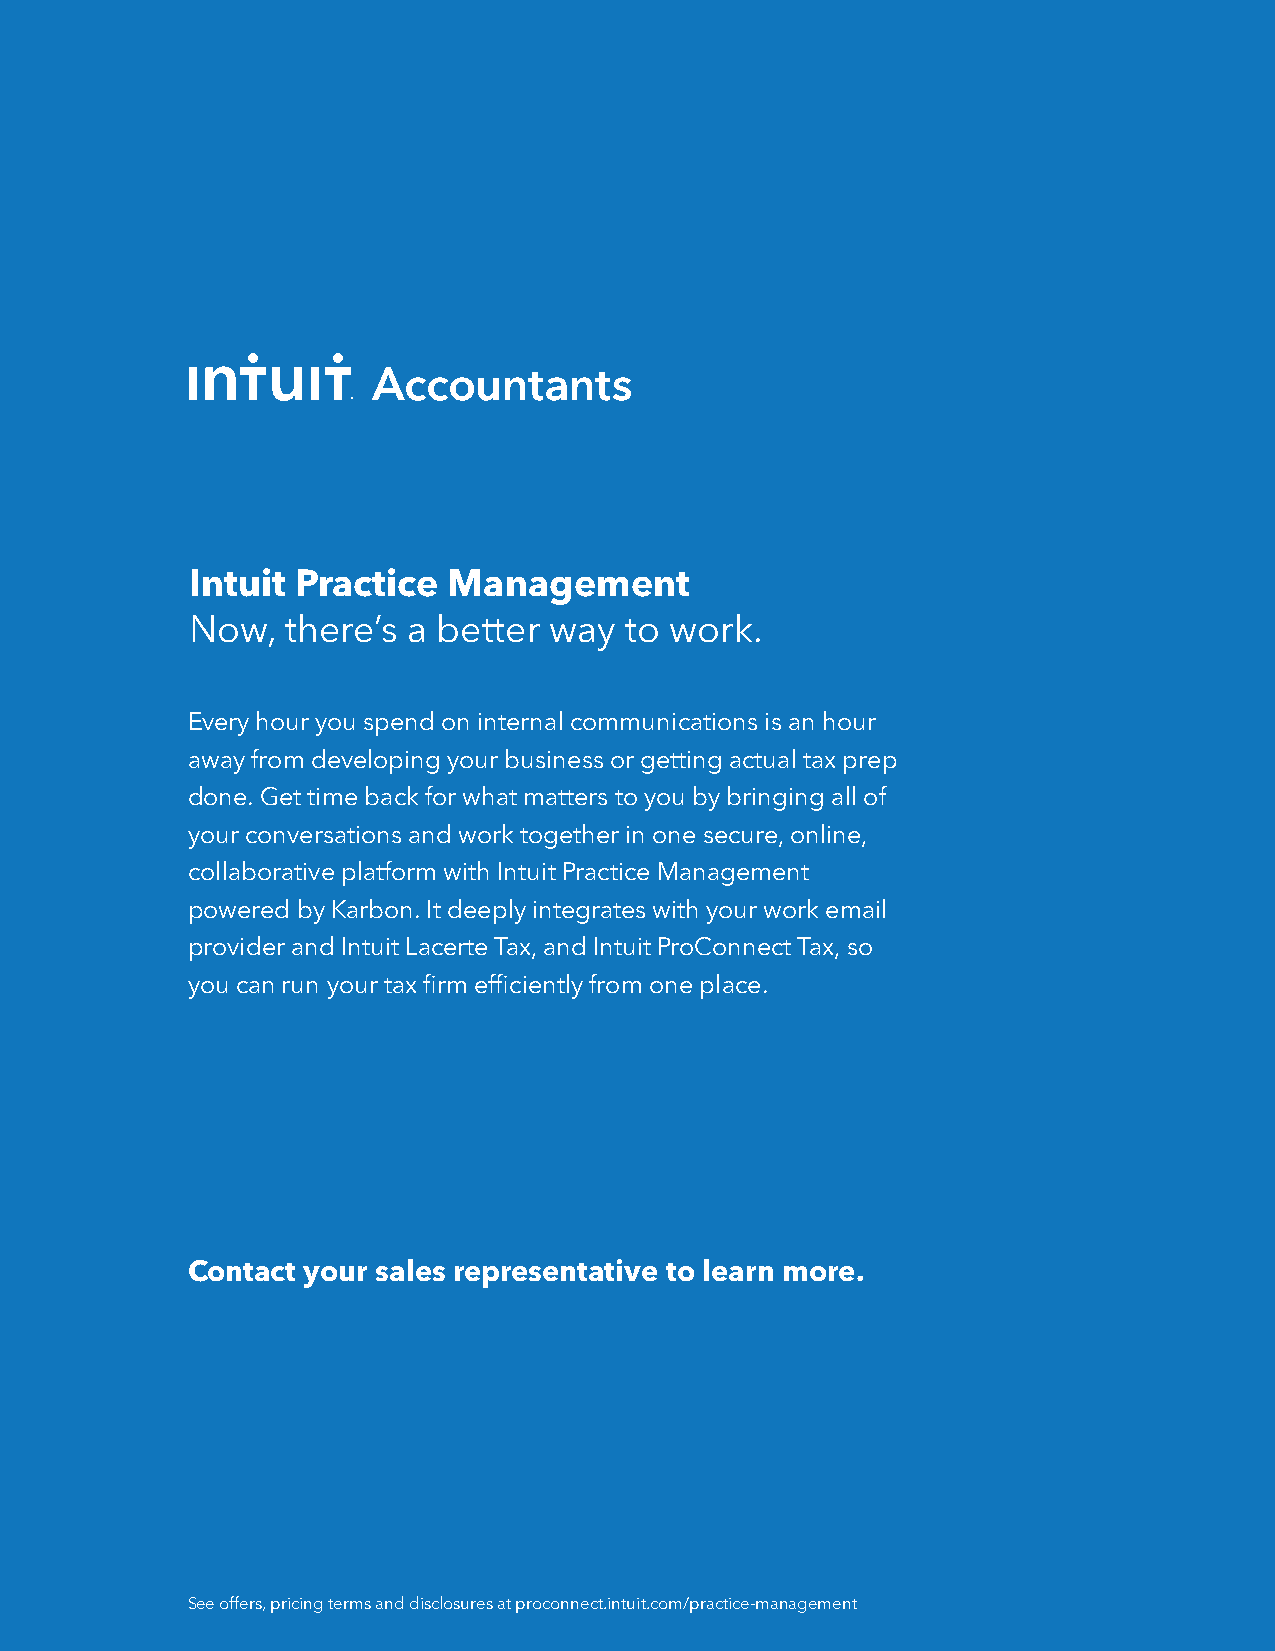
Intuit Practice  Management
 Now,  there’s a better way  to work.
 Every hour you spend on internal communications is an hour
 away from developing your business or getting actual tax prep
 done. Get time back for what matters to you by bringing all of
 your conversations and work together in one secure, online,
 collaborative platform with Intuit Practice Management
 powered by Karbon. It deeply integrates with your work email
 provider and Intuit Lacerte Tax, and Intuit ProConnect Tax, so
 you can run your tax firm efficiently from one place.
 Contact your sales representative to learn more.
 See offers, pricing terms and disclosures at proconnect.intuit.com/practice-management